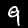
Digit: 9